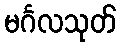
မင်္ဂလသုတ်